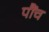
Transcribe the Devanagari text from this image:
पौंच